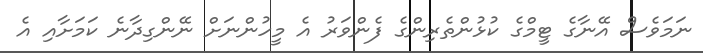
ނަމަވެސް އޭނާގެ ޓީމްގެ ކުޅުންތެރިންގެ ފެންވަރު އެ މީހުންނަށް ނޭންގިދާނެ ކަމަށާއި އެ